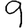
Digit: 9